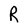
Character: R